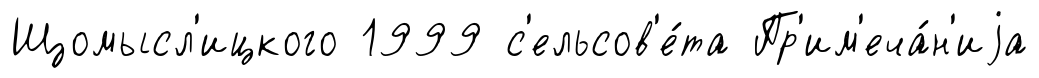
Щомысл'ицкого 1999 с'ельсов'е́та Пр'им'еча́н'иjа